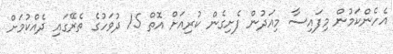
އެހެންކަމުން މިފައިސާ މިއަދުން ފެށިގެން ކުރިއަށް އޮތް 15 ދުވަހުގެ ތެރޭގައި ދެއްކުމަށް